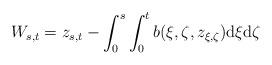
LaTeX: \begin{align*}W_{s,t}=z_{s,t}-\int_0^s\int_0^tb(\xi,\zeta,z_{\xi,\zeta})\mathrm{d}\xi \mathrm{d}\zeta\end{align*}